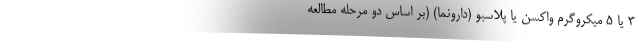
۳ یا ۵ میکروگرم واکسن یا پلاسبو (دارونما) (بر اساس دو مرحله مطالعه